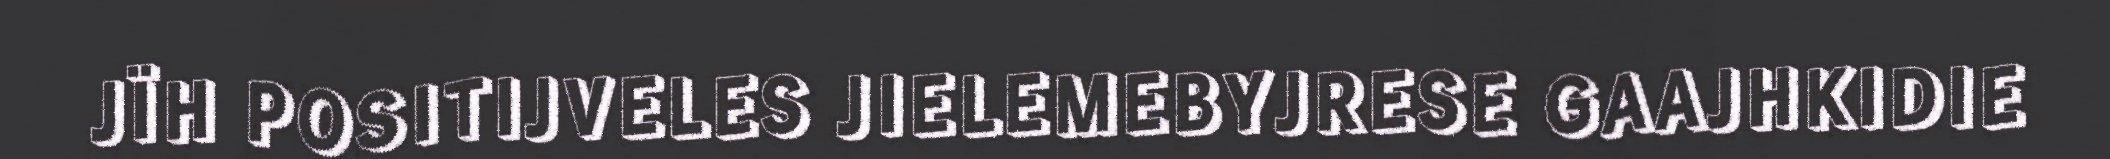
JÏH POSITIJVELES JIELEMEBYJRESE GAAJHKIDIE